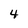
Character: 4